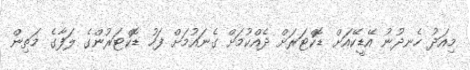
މިއަދު ހެނދުނު އޭޑީކޭއަށް ޑޮކްޓަރަށް ދެއްކުމަށް ގެނައުމަށް ފަހު ޑޮކްޓަރުންގެ ލަފާގެ މަތިން